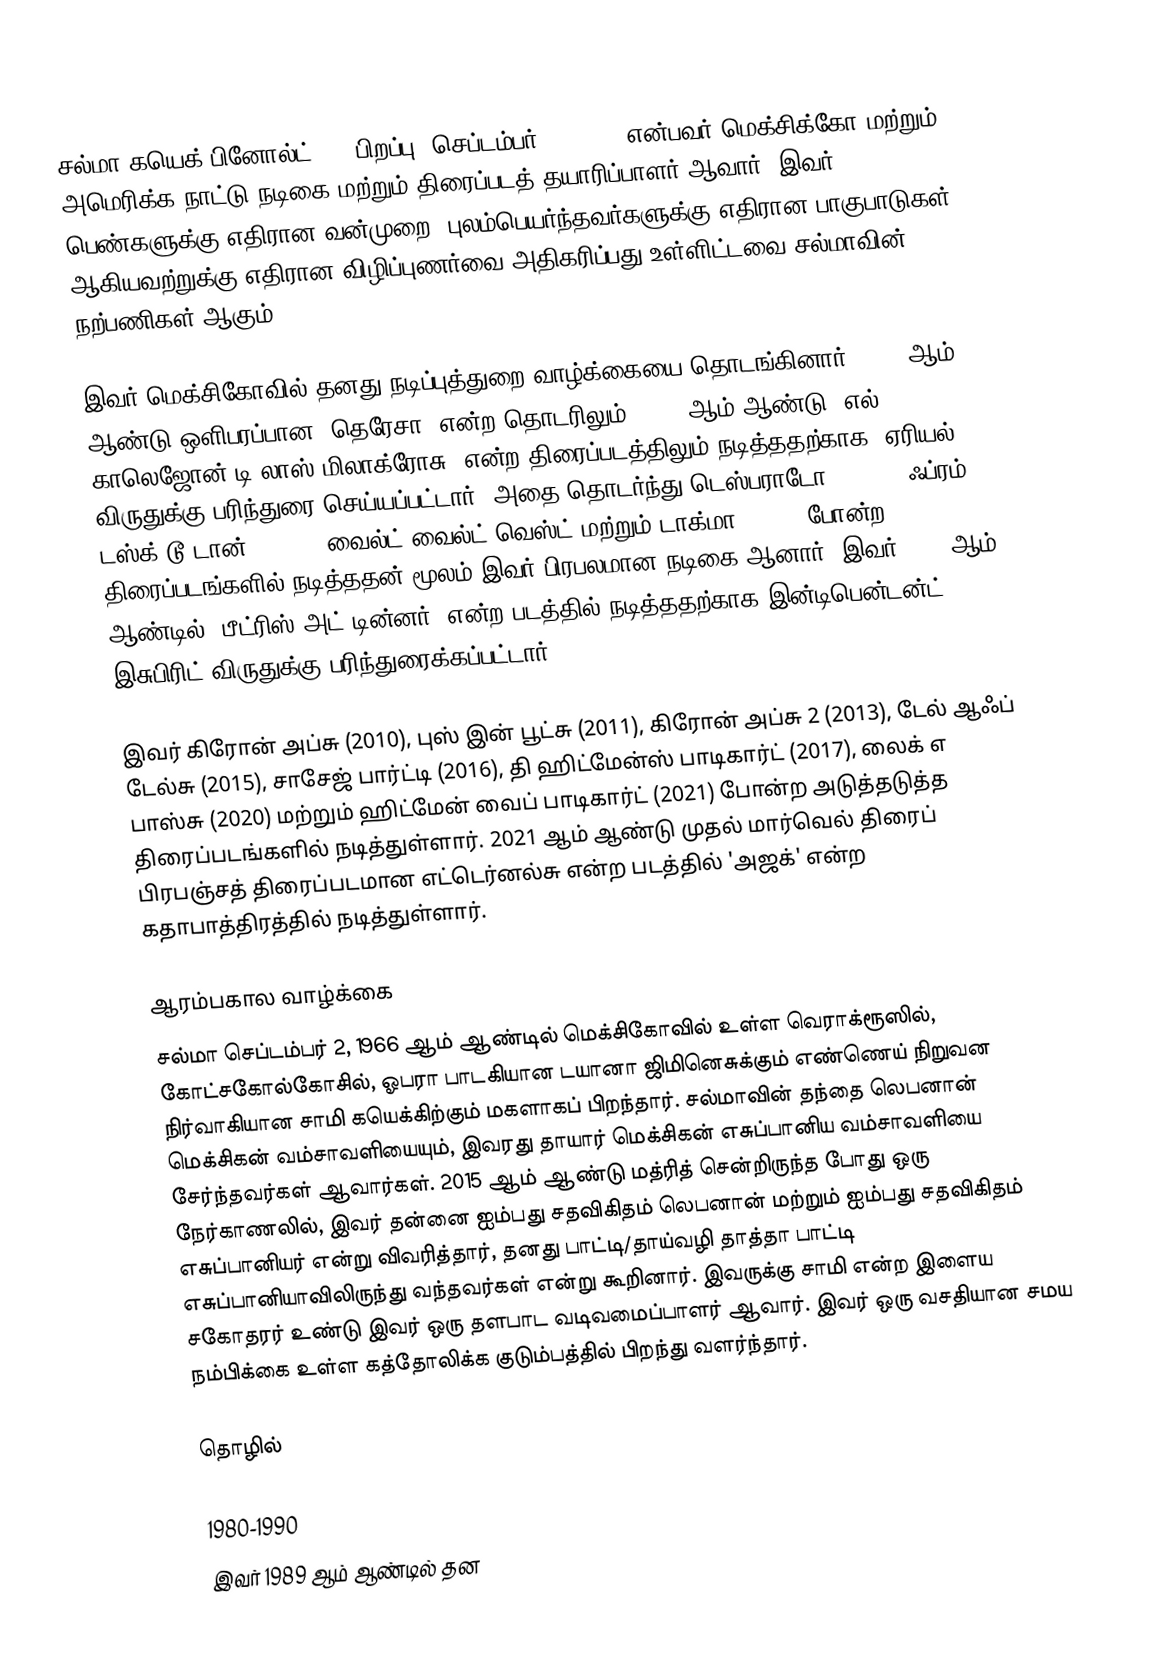
சல்மா கயெக் பினோல்ட்  () (பிறப்பு: செப்டம்பர் 2, 1966) என்பவர் மெக்சிக்கோ மற்றும் அமெரிக்க நாட்டு நடிகை மற்றும் திரைப்படத் தயாரிப்பாளர் ஆவார். இவர் பெண்களுக்கு எதிரான வன்முறை, புலம்பெயர்ந்தவர்களுக்கு எதிரான பாகுபாடுகள் ஆகியவற்றுக்கு எதிரான விழிப்புணர்வை அதிகரிப்பது உள்ளிட்டவை சல்மாவின் நற்பணிகள் ஆகும்.

இவர் மெக்சிகோவில் தனது நடிப்புத்துறை வாழ்க்கையை தொடங்கினார். 1989 ஆம் ஆண்டு ஒளிபரப்பான 'தெரேசா' என்ற தொடரிலும், 1995 ஆம் ஆண்டு 'எல் காலெஜோன் டி லாஸ் மிலாக்ரோசு' என்ற திரைப்படத்திலும் நடித்ததற்காக, ஏரியல் விருதுக்கு பரிந்துரை செய்யப்பட்டார். அதை தொடர்ந்து டெஸ்பராடோ (1995), ஃப்ரம் டஸ்க் டூ டான் (1996), வைல்ட் வைல்ட் வெஸ்ட் மற்றும் டாக்மா (1999) போன்ற திரைப்படங்களில் நடித்ததன் மூலம் இவர் பிரபலமான நடிகை ஆனார்.  இவர் 2017 ஆம் ஆண்டில் 'பீட்ரிஸ் அட் டின்னர்' என்ற படத்தில் நடித்ததற்காக இன்டிபென்டன்ட் இசுபிரிட் விருதுக்கு பரிந்துரைக்கப்பட்டார்.

இவர் கிரோன் அப்சு (2010), புஸ் இன் பூட்சு (2011), கிரோன் அப்சு 2 (2013), டேல் ஆஃப் டேல்சு (2015), சாசேஜ் பார்ட்டி (2016), தி ஹிட்மேன்ஸ் பாடிகார்ட் (2017), லைக் எ பாஸ்சு (2020) மற்றும் ஹிட்மேன் வைப் பாடிகார்ட் (2021) போன்ற அடுத்தடுத்த திரைப்படங்களில் நடித்துள்ளார். 2021 ஆம் ஆண்டு முதல் மார்வெல் திரைப் பிரபஞ்சத் திரைப்படமான எட்டெர்னல்சு என்ற படத்தில் 'அஜக்' என்ற கதாபாத்திரத்தில் நடித்துள்ளார்.

ஆரம்பகால வாழ்க்கை
சல்மா செப்டம்பர் 2, 1966 ஆம் ஆண்டில் மெக்சிகோவில் உள்ள வெராக்ரூஸில், கோட்சகோல்கோசில், ஓபரா பாடகியான டயானா ஜிமினெசுக்கும் எண்ணெய் நிறுவன நிர்வாகியான சாமி கயெக்கிற்கும் மகளாகப் பிறந்தார். சல்மாவின் தந்தை லெபனான் மெக்சிகன்  வம்சாவளியையும், இவரது தாயார் மெக்சிகன் எசுப்பானிய வம்சாவளியை சேர்ந்தவர்கள் ஆவார்கள். 2015 ஆம் ஆண்டு மத்ரித் சென்றிருந்த போது ஒரு நேர்காணலில், இவர் தன்னை ஐம்பது சதவிகிதம் லெபனான் மற்றும் ஐம்பது சதவிகிதம் எசுப்பானியர் என்று விவரித்தார், தனது பாட்டி/தாய்வழி தாத்தா பாட்டி எசுப்பானியாவிலிருந்து வந்தவர்கள் என்று கூறினார். இவருக்கு சாமி என்ற இளைய சகோதரர் உண்டு இவர் ஒரு தளபாட வடிவமைப்பாளர் ஆவார். இவர் ஒரு வசதியான சமய நம்பிக்கை உள்ள கத்தோலிக்க குடும்பத்தில் பிறந்து வளர்ந்தார்.

தொழில்

1980-1990
இவர் 1989 ஆம் ஆண்டில் தன